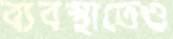
ব্যবস্থাতেও